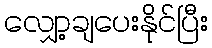
လျှော့ချပေးနိုင်ပြီး